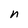
Character: n